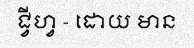
ជ្វីហ្វ - ដោយ មាន